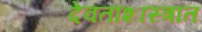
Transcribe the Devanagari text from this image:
देवताशास्त्रात